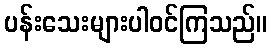
ပန်းသေးများပါဝင်ကြသည်။